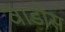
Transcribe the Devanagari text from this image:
वाडोस